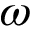
\omega